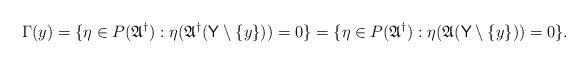
LaTeX: \begin{align*} \Gamma(y) = \{ \eta \in P(\mathfrak A^\dagger) : \eta(\mathfrak A^\dagger(\mathsf Y \setminus\{y\})) = 0 \} = \{ \eta \in P(\mathfrak A^\dagger) : \eta(\mathfrak A(\mathsf Y \setminus\{y\})) = 0 \}. \end{align*}